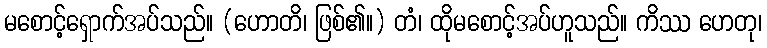
မစောင့်ရှောက်အပ်သည်။ (ဟောတိ၊ ဖြစ်၏။) တံ၊ ထိုမစောင့်အပ်ဟူသည်။ ကိဿ ဟေတု၊